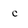
Character: C